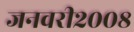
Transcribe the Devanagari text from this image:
जनवरी२००८